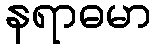
နရာဓမာ